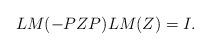
LaTeX: \begin{align*}LM(-PZP)LM(Z)=I.\end{align*}